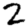
Digit: 2